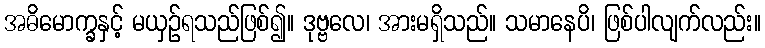
အဓိမောက္ခနှင့် မယှဉ်ရသည်ဖြစ်၍။ ဒုဗ္ဗလေ၊ အားမရှိသည်။ သမာနေပိ၊ ဖြစ်ပါလျက်လည်း။